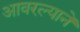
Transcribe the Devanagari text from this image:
आवरल्याने